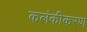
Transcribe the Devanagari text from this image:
कलंकीकरण